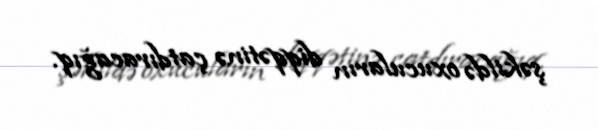
şəkildə oxucuların diqqətinə çatdıracağıq.